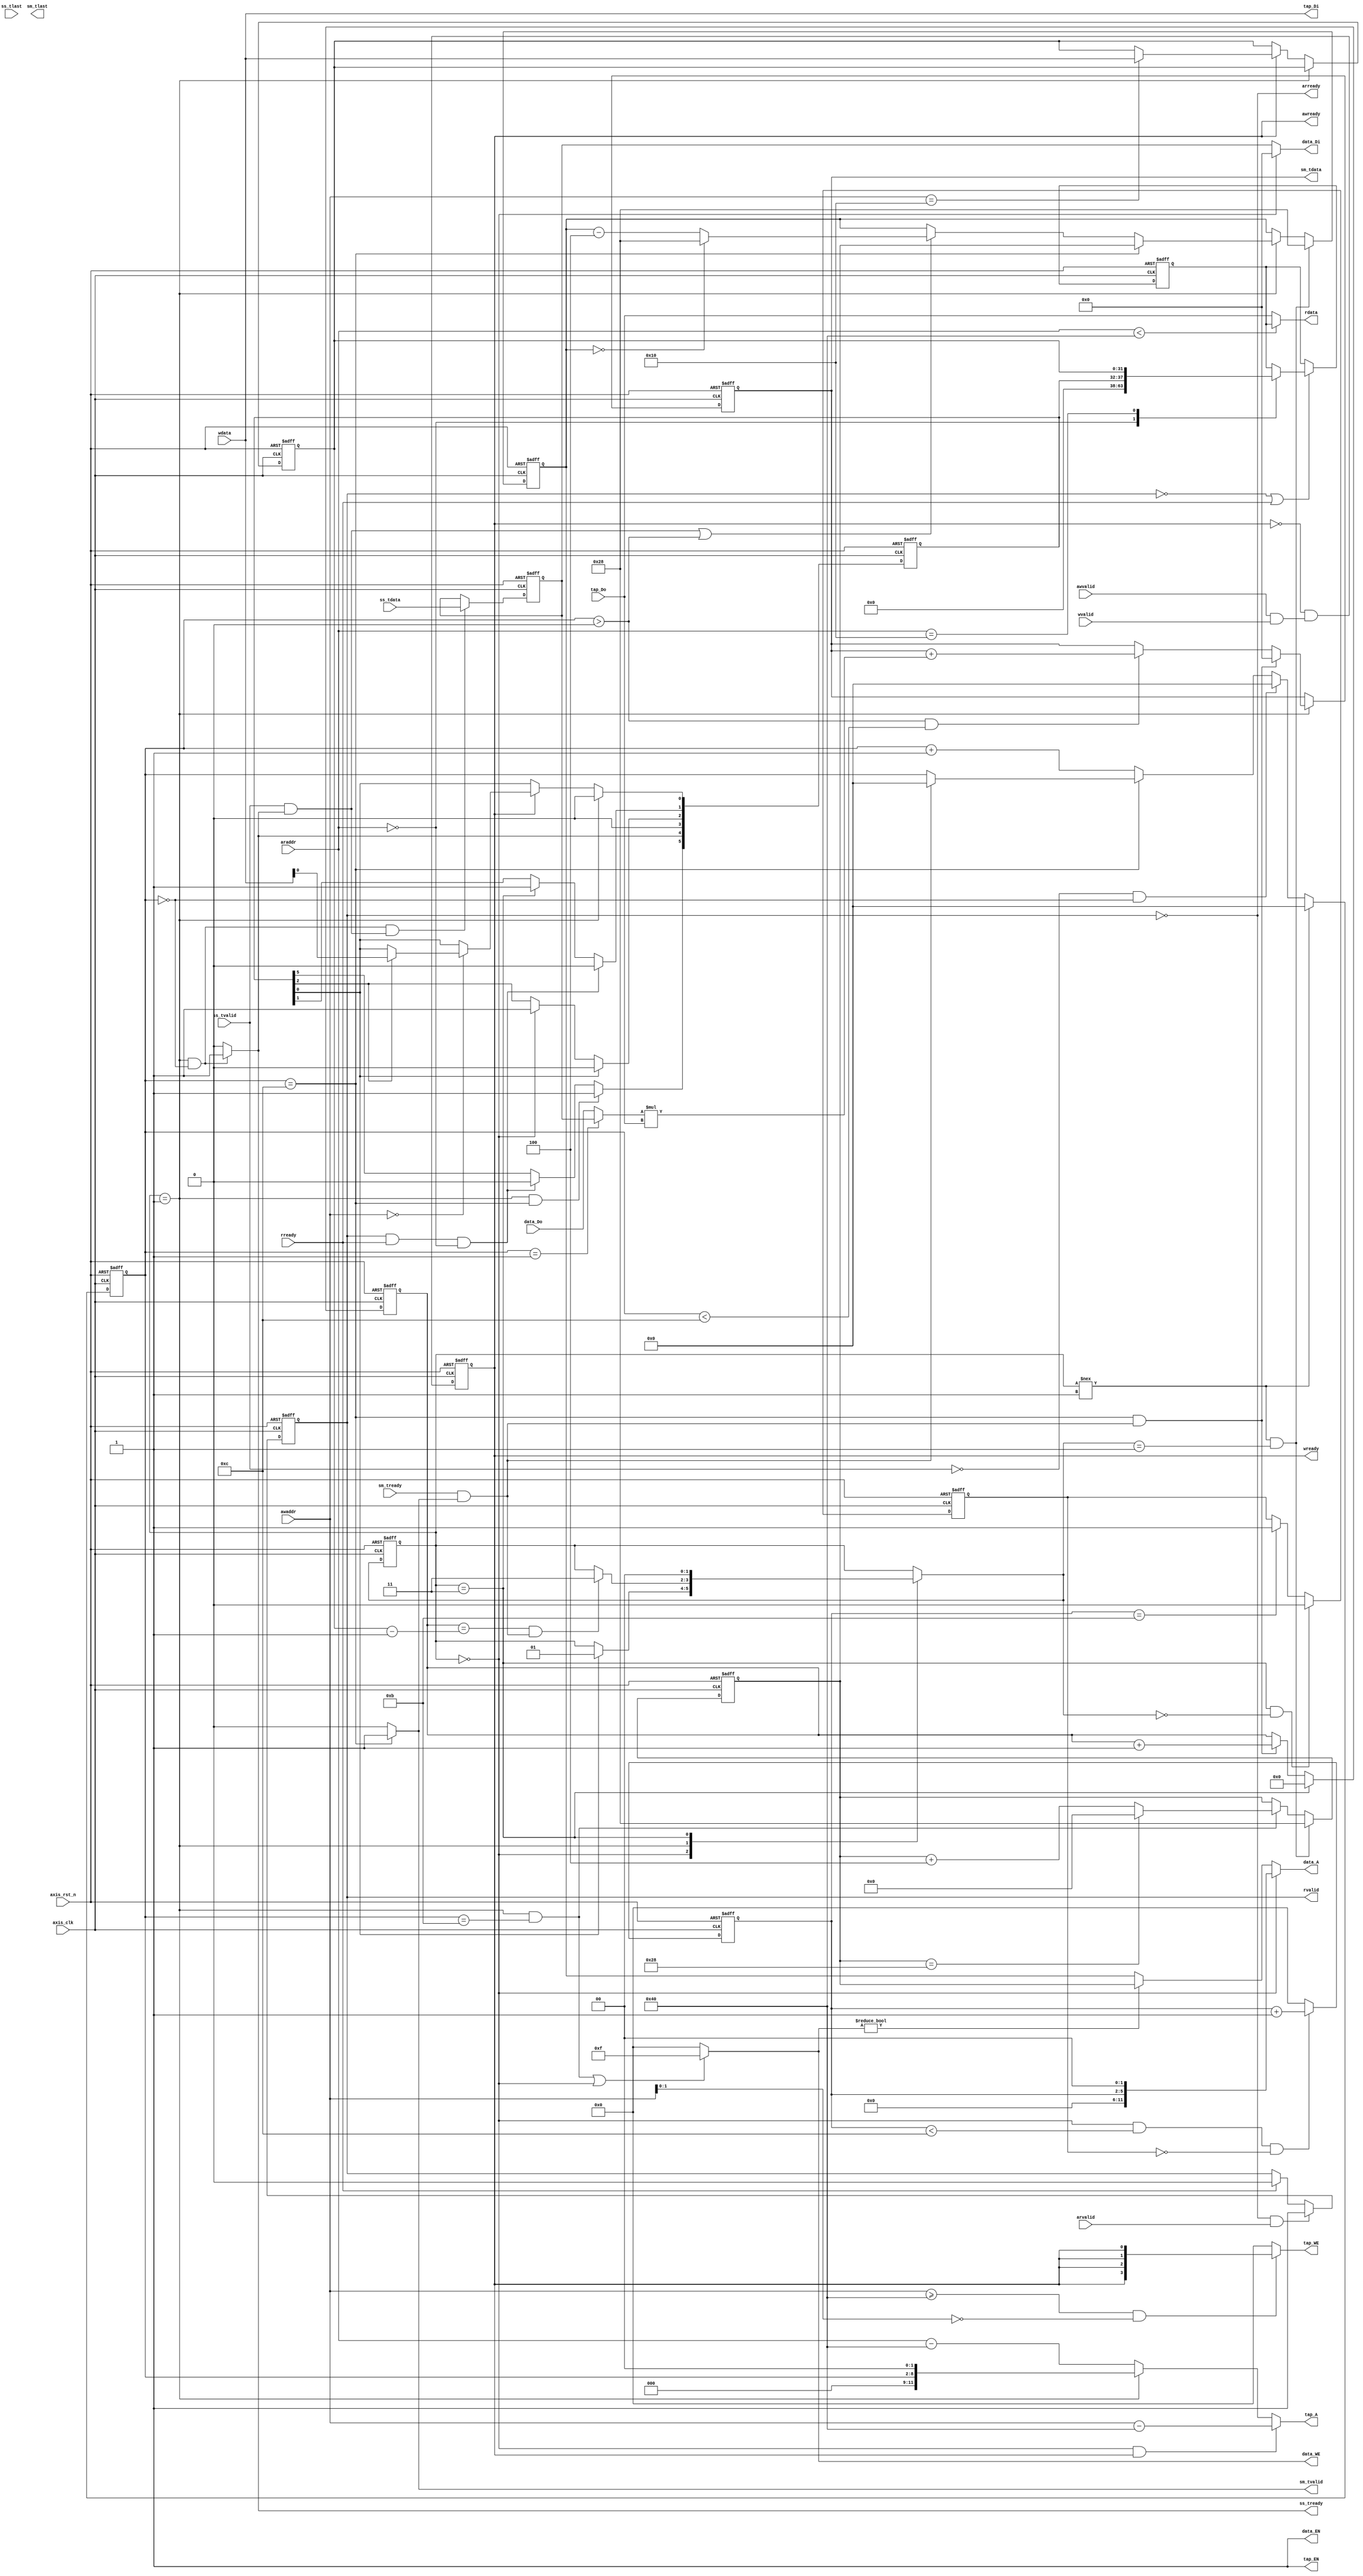
module fir 
#(  parameter pADDR_WIDTH = 12,
    parameter pDATA_WIDTH = 32,
    parameter Tape_Num    = 11
)
(
    output  wire                     awready,
    output  wire                     wready,
    input   wire                     awvalid,
    input   wire [(pADDR_WIDTH-1):0] awaddr,
    input   wire                     wvalid,
    input   wire [(pDATA_WIDTH-1):0] wdata,
    output  wire                     arready,
    input   wire                     rready,
    input   wire                     arvalid,
    input   wire [(pADDR_WIDTH-1):0] araddr,
    output  wire                     rvalid,
    output  wire [(pDATA_WIDTH-1):0] rdata,
    //Stream slave    
    input   wire                     ss_tvalid, 
    input   wire [(pDATA_WIDTH-1):0] ss_tdata, 
    input   wire                     ss_tlast, 
    output  wire                     ss_tready,
    //Stream master 
    input   wire                     sm_tready, 
    output  wire                     sm_tvalid, 
    output  wire [(pDATA_WIDTH-1):0] sm_tdata, 
    output  wire                     sm_tlast, 
    
    // bram for tap RAM
    output  wire [3:0]               tap_WE,
    output  wire                     tap_EN,
    output  wire [(pDATA_WIDTH-1):0] tap_Di,
    output  wire [(pADDR_WIDTH-1):0] tap_A,
    input   wire [(pDATA_WIDTH-1):0] tap_Do,

    // bram for data RAM
    output  wire [3:0]               data_WE,
    output  wire                     data_EN,
    output  wire [(pDATA_WIDTH-1):0] data_Di,
    output  wire [(pADDR_WIDTH-1):0] data_A,
    input   wire [(pDATA_WIDTH-1):0] data_Do,

    input   wire                     axis_clk,
    input   wire                     axis_rst_n
);
    parameter Idle = 2'd0;
    parameter Start = 2'd1;
    parameter Complete = 2'd2;
    parameter Done = 2'd3;


    reg [5:0] ap_ports;
    reg [31:0] length;
    reg [31:0] tap_RAM_temp;
    reg [1:0] cs,ns;
    wire axil_write_ready; //asserted when write handshake is valid
    wire Xn_handshake, Yn_handshake;
    reg axil_awready;
    reg axil_read_valid;
    wire AR_handshake;

    wire ap_start,ap_idle,ap_done;
    reg [(pDATA_WIDTH-1):0] tap_A_w;
    reg [(pADDR_WIDTH-1):0] wr_ptr_r,rd_ptr_r;

    wire signed [(pDATA_WIDTH-1):0] mult_result;
    wire signed [(pDATA_WIDTH-1):0] mult_input;
    reg signed [(pDATA_WIDTH-1):0] FIR_temp;
    

    reg [(pDATA_WIDTH-1):0] rdata_r;
    reg [3:0] reset_cnt;
    reg signed [(pDATA_WIDTH-1):0] SS_data;
    reg [9:0] fir_data_cnt;
    reg [6:0] fir_cycle_cnt;
    wire sm_empty;
    
    assign ap_start = ap_ports[0];
    assign ap_done = ap_ports[1];
    assign ap_idle = ap_ports[2];

    //AXI-Lite protocal assignment
    assign axil_write_ready = axil_awready;
    assign awready = axil_write_ready;
    assign wready = axil_write_ready;
    assign arready = ~rvalid;
    assign AR_handshake = arready && arvalid;
    assign rvalid = axil_read_valid;
    assign rdata = (araddr < 12'h40) ? rdata_r : tap_Do;
    assign Xn_handshake = ss_tvalid && ss_tready;
    assign Yn_handshake = sm_tready && sm_tvalid;
    assign ss_tready = (cs == Start && fir_cycle_cnt == 0) ? 1'b1 : 1'b0;

    //tap_RAM assignment
    assign tap_A = tap_A_w;
    assign tap_WE = (awaddr >= 12'h40 && awaddr[1:0] == 2'b00) ? {4{axil_write_ready}} : 4'b0000;
    assign tap_Di = wdata;
    assign tap_EN = 1'b1;
    //Data RAM assignment
    assign data_WE = ((cs == Start && fir_cycle_cnt == 11) || cs == Idle) ? 4'b1111 :4'b0000;
    assign data_A = (cs == Idle) ? (reset_cnt << 2) : data_WE ? wr_ptr_r : rd_ptr_r;
    assign data_Di = (cs == Idle) ? 0 : SS_data;
    assign data_EN = 1'b1;

    assign mult_result = mult_input * tap_Do;
    assign mult_input = (fir_cycle_cnt == 1) ? SS_data : data_Do;
    
    assign sm_tvalid = (fir_cycle_cnt == 12) ? 1'b1:1'b0;
    assign sm_empty = (fir_data_cnt == (length-1)) && Yn_handshake;
    assign sm_tdata = FIR_temp;

    always@(*) begin
        ns = cs;
        case(cs)
            Idle: begin
                if(ap_start) ns = Start;
            end
            Start:
                if(sm_empty) ns = Done;
            Done: ns = Idle;
        endcase
    end


    always@(*)begin //shift register //???????
        if(cs == Idle && axil_write_ready)
            tap_A_w = (awaddr - 12'h40);
        else if (cs == Start) 
            tap_A_w = fir_cycle_cnt << 2;
        else
            tap_A_w = (araddr - 12'h40);
    end

    //AXI_Lite write operation
    integer i;
    always@(posedge axis_clk or negedge axis_rst_n) begin
        if(!axis_rst_n) begin
            ap_ports <= 6'b000100;
            length <= 0;
        end else begin
            ap_ports[3] <= 1'b0;
            if(cs == Start)
                ap_ports[0] <= 1'b0;
            else if(axil_write_ready) begin
                case(awaddr)
                    12'h00: begin
                        if(ap_idle)
                            ap_ports[0] <= wdata[0]; // ap_start SW programming
                    end 
                    12'h10: length <= wdata;        
                endcase
            end
            if(ap_start) //ap_idle
                ap_ports[2] <= 1'b0;
            else if(cs == Idle)
                ap_ports[2] <= 1'b1;
            
            if((rvalid && rready) && araddr == 12'h00) //ap_done
                ap_ports[1] <= 1'b0;
            else if(cs == Done)
                ap_ports[1] <= 1'b1;
            
            if(cs == Start && fir_cycle_cnt == 0) //Xn is ready to accept input
                ap_ports[4] <= 1'b1;
            else 
                ap_ports[4] <= 1'b0;

            if(cs == Start && fir_cycle_cnt == 12) //Yn is ready to read
                ap_ports[5] <= 1'b1;
            else if((rvalid && rready) && araddr == 12'h00)
                ap_ports[5] <= 1'b0;
        end
    end

    always@(posedge axis_clk or negedge axis_rst_n) begin
        if(!axis_rst_n) begin
            rdata_r <= 32'd0;
        end else if(!rvalid || rready) begin
            case(araddr)
                12'h00: rdata_r <= {26'd0,ap_ports};
                12'h10: rdata_r <= length;
            endcase
        end
    end

    always @(posedge axis_clk or negedge axis_rst_n) begin
        if(!axis_rst_n) 
            axil_awready <= 1'b0;
        else
            axil_awready <= !axil_awready && (awvalid && wvalid);
    end


    //AXI_Lite read valid
    always @(posedge axis_clk or negedge axis_rst_n) begin
        if(!axis_rst_n) 
            axil_read_valid <= 1'b0;
        else if(AR_handshake)
            axil_read_valid <= 1'b1;
        else if(rready)
            axil_read_valid <= 1'b0;
        else 
            axil_read_valid <= axil_read_valid; 
    end

    //FSM
    always @(posedge axis_clk or negedge axis_rst_n) begin
        if(!axis_rst_n) 
            cs <= 2'b00;
        else
            cs <= ns;
    end

    //FIR-filter processing

    //FIR-cycle count
    //??13???????FIR Data
    always @(posedge axis_clk or negedge axis_rst_n) begin
        if(!axis_rst_n)
            fir_cycle_cnt <= 0;
        else if(cs !== Start)
            fir_cycle_cnt <= 0;
        else if(!ss_tvalid && fir_cycle_cnt == 0)
            fir_cycle_cnt <= 0;
        else if(fir_cycle_cnt == 12) begin
            if(!Yn_handshake)
                fir_cycle_cnt <= fir_cycle_cnt;
            else
                fir_cycle_cnt <= 0;
        end
        else    
            fir_cycle_cnt <= fir_cycle_cnt + 1;
    end


    //DATA_MEM write pointer
    always@(posedge axis_clk or negedge axis_rst_n) begin
        if(!axis_rst_n)
            wr_ptr_r <= 0;
        else if(cs !== Start && ns == Start)
            wr_ptr_r <= 40;
        else if(cs == Start && fir_cycle_cnt == 11) begin
            if(wr_ptr_r == 40)
                wr_ptr_r <= 0;
            else
                wr_ptr_r <= wr_ptr_r + 4;
        end 
    end

    //Data_mem read pointer 
    always@(posedge axis_clk or negedge axis_rst_n)begin
        if(!axis_rst_n)
            rd_ptr_r <= 0;
        else if(cs !== Start && ns == Start)
            rd_ptr_r <= 40;
        else if(cs == Start) begin
            if(fir_cycle_cnt == 12)
                rd_ptr_r <= wr_ptr_r;
            else if((ss_tvalid && ss_tready) || (fir_cycle_cnt > 0)) begin
                if(rd_ptr_r == 0)
                    rd_ptr_r <= 40;
                else
                    rd_ptr_r <= rd_ptr_r - 4;
            end
//            else begin
//                if(rd_ptr_r == 0)
//                    rd_ptr_r <= 40;
//                else
//                    rd_ptr_r <= rd_ptr_r - 4;
//            end
        end
    end

    always@(posedge axis_clk or negedge axis_rst_n) begin
        if(!axis_rst_n)
            SS_data <= 0;
        else if(cs == Start && fir_cycle_cnt == 0 && Xn_handshake)
            SS_data <= ss_tdata;
    end

    always@(posedge axis_clk or negedge axis_rst_n) begin
        if(!axis_rst_n)
            FIR_temp <= 32'd0;
        else if(cs == Start) begin
            if(fir_cycle_cnt == 12 && Yn_handshake)
                FIR_temp <= 0;
            else if(fir_cycle_cnt > 0 && fir_cycle_cnt < 12)
                FIR_temp <= FIR_temp + mult_result; 
        end 
    end

    always@(posedge axis_clk or negedge axis_rst_n) begin
        if(!axis_rst_n)
            fir_data_cnt <= 1'b0;
        else if(cs == Done)
            fir_data_cnt <= 1'b0;
        else if(fir_cycle_cnt == 12 && Yn_handshake) 
            fir_data_cnt <= fir_data_cnt + 1;
    end

    reg reset_done;
    //DATA_MEM reset control
    always@(posedge axis_clk or negedge axis_rst_n) begin
        if(!axis_rst_n)
            reset_cnt <= 0;
        else if(cs == Idle && reset_cnt < 12 && !reset_done)
            reset_cnt <= reset_cnt + 1;
        else
            reset_cnt <= 0;
    end

    always@(posedge axis_clk or negedge axis_rst_n) begin
        if(!axis_rst_n)
            reset_done <= 1'b0;
        else if(cs == Done && ns == Idle)
            reset_done <= 1'b0;
        else if(reset_cnt == 11)
            reset_done <= 1'b1;
    end
endmodule